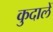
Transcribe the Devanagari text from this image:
कुदालें